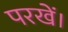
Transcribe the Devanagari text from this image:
परखें।